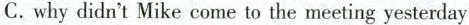
C.why didn't Mike come to the meeting yesterday